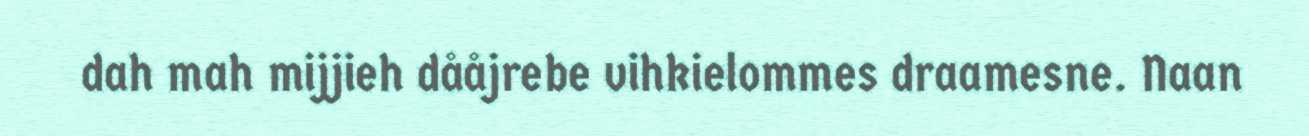
dah mah mijjieh dååjrebe vihkielommes draamesne. Naan